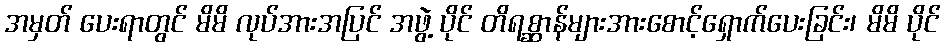
အမှတ် ပေးရာတွင် မိမိ လုပ်အားအပြင် အဖွဲ့ ပိုင် တိရစ္ဆာန်များအားစောင့်ရှောက်ပေးခြင်း၊ မိမိ ပိုင်